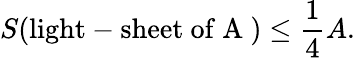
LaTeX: S(\mathrm{light-sheet~of~A~})\leq\frac{1}{4}A.